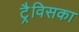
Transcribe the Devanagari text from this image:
ट्रैविसका